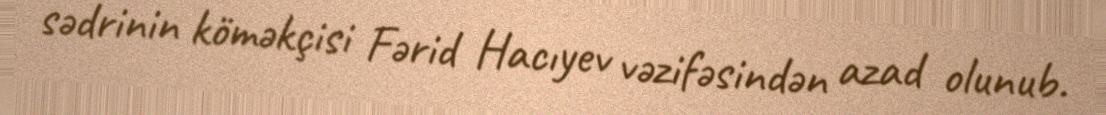
sədrinin köməkçisi Fərid Hacıyev vəzifəsindən azad olunub.